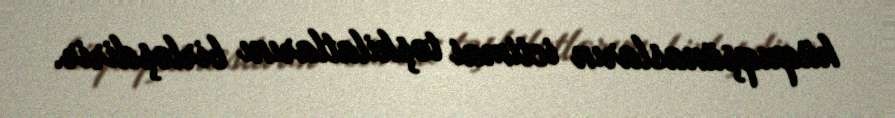
hüquqşünasların ictimai təşkilatlarını birləşdirir.